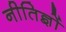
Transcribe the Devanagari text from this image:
नीतिज्ञों